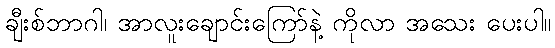
ချီးစ်ဘာဂါ၊ အာလူးချောင်းကြော်နဲ့ ကိုလာ အသေး ပေးပါ။